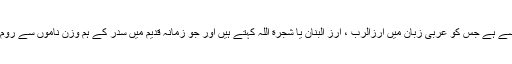
راقم سطور کی رائے میں سدر کا اشارہ شام و لبنان کے اس درخت سے ہے جس کو عربی زبان میں ارزالرب ، ارز البنان یا شجرة اللہ کہتے ہیں اور جو زمانہ قدیم میں سدر کے ہم وزن ناموں سے روم اور یونان میں جانا جاتا تھا یعنی سدراس ، سدرس ، کدراس وغیرہ ۔